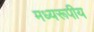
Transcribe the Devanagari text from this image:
मध्यरूपीय